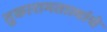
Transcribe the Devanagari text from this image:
तुकारामतात्यांचे